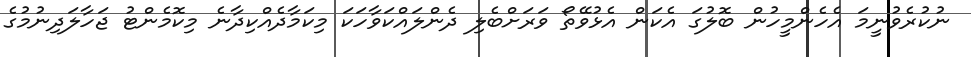
ނުކުރެވުނީމަ އެހެންމީހުން ބޮލުގަ އެކަން އެޅުވޭތޯ ވަރަށްބެލި ދެންލައްކަވާހަކަ މިކަމާދެއްކިދާނެ މިކޮމެންޓު ޖަހާލަދިނުމުގެ